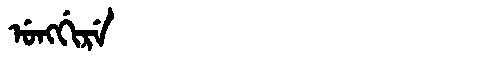
Manchu: ᡠᠩᡤᡳᡵᡝ
Romanization: UNGGIRE